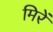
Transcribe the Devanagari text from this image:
मिरें